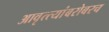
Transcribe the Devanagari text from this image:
आवृत्त्यांबरोबरच